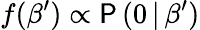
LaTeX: f(\beta^{\prime})\propto\mathsf{P}\, (0\, |\, \beta^{\prime})